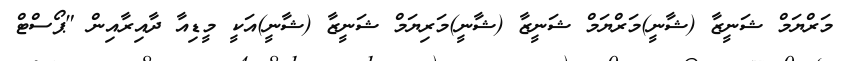
މަރްޔަމް ޝަނީޒާ (ޝާނީ)މަރްޔަމް ޝަނީޒާ (ޝާނީ)މަރިޔަމް ޝަނީޒާ (ޝާނީ)އަކީ މީޑިއާ ދާއިރާއިން "ޕޯސްޓް